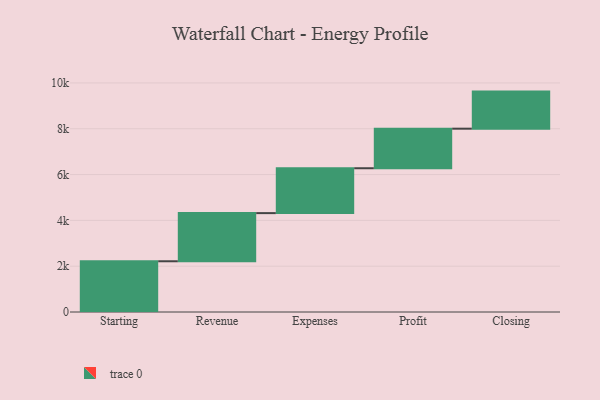
{"axis": {"x": "Step", "y": "Value"}, "legend": [""], "data": [{"x": "Starting", "y": 2215.0, "type": ""}, {"x": "Revenue", "y": 2102.0, "type": ""}, {"x": "Expenses", "y": 1959.0, "type": ""}, {"x": "Profit", "y": 1727.0, "type": ""}, {"x": "Closing", "y": 1619.0, "type": ""}]}